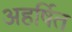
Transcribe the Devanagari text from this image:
अहर्षित